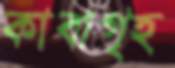
কাবাগৃহ